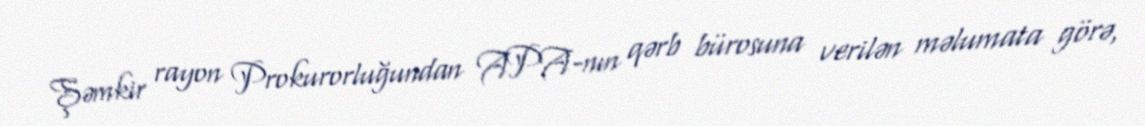
Şəmkir rayon Prokurorluğundan APA-nın qərb bürosuna verilən məlumata görə,